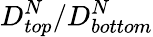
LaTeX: D_{top}^{N}/D_{bottom}^{N}